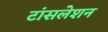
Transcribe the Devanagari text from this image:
टांंसलेशन